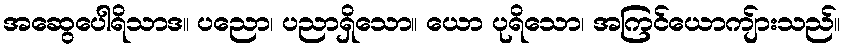
အဆွေပေါရိသာဒ။ ပညော၊ ပညာရှိသော။ ယော ပုရိသော၊ အကြင်ယောကျ်ားသည်။